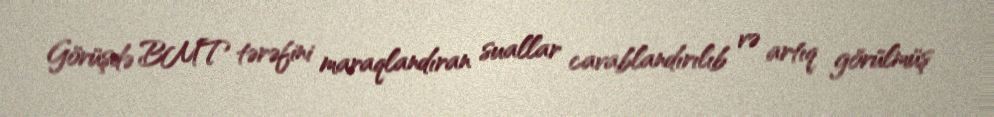
Görüşdə BMT tərəfini maraqlandıran suallar cavablandırılıb və artıq görülmüş